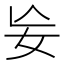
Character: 𡚶